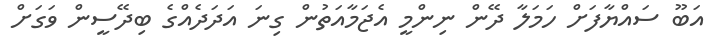
އަބޫ ސައްޔާފަށް ހަމަލާ ދޭން ނިންމީ އެޖަމާއަތުން ގިނަ އަދަދެއްގެ ބިދޭސީން ވަގަށް